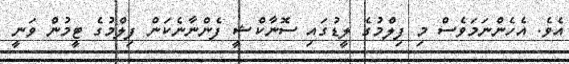
އެވެ. އެހެންނަމަވެސް މި ފިލްމުގެ ލީޑުގައި ސޮނާކްޝީ ފެންނާނެކަން ފިލްމުގެ ޓީމުން ވަނީ